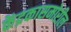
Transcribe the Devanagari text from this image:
केंद्रकासमोरील